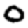
Digit: 0